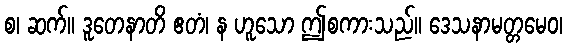
စ၊ ဆက်။ ဒူတေနာတိ ဧတံ၊ န ဟူသော ဤစကားသည်။ ဒေသနာမတ္တမေဝ၊